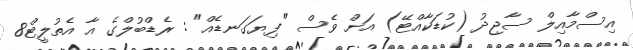
އިސްމާއިލް ސާޖިދު (ކުޑަކާއްޓޭ) އަށް ވެސް "ފިޔަގަނޑެއް" : ރެޑްބުލްގެ އާ އެތުލީޓް8